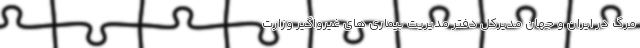
مرگ در ایران و جهان مدیرکل دفتر مدیریت بیماری های غیرواگیر وزارت